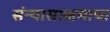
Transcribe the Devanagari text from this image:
संन्यासाश्रमाचा